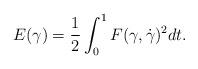
LaTeX: \begin{align*}E(\gamma)=\frac{1}{2}\int_{0}^{1}F(\gamma,\dot{\gamma})^{2}dt.\end{align*}